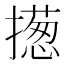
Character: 𢶰